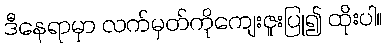
ဒီနေရာမှာ လက်မှတ်ကိုကျေးဇူးပြု၍ ထိုးပါ။